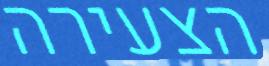
הצעירה